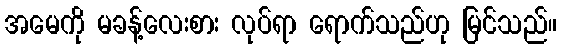
အမေကို မခန့်လေးစား လုပ်ရာ ရောက်သည်ဟု မြင်သည်။